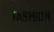
fashion